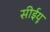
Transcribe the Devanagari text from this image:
सीईयू